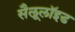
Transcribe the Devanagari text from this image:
सैलूलॉइड